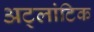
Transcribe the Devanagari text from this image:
अट्लांटिक